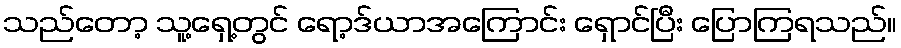
သည်တော့ သူ့ရှေ့တွင် ရော့ဒ်ယာအကြောင်း ရှောင်ပြီး ပြောကြရသည်။